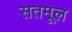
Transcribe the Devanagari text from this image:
सतमूल